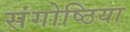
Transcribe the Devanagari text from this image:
संगोष्ठिया